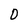
Character: 0